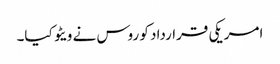
امریکی قرارداد کو روس نے ویٹو کیا۔